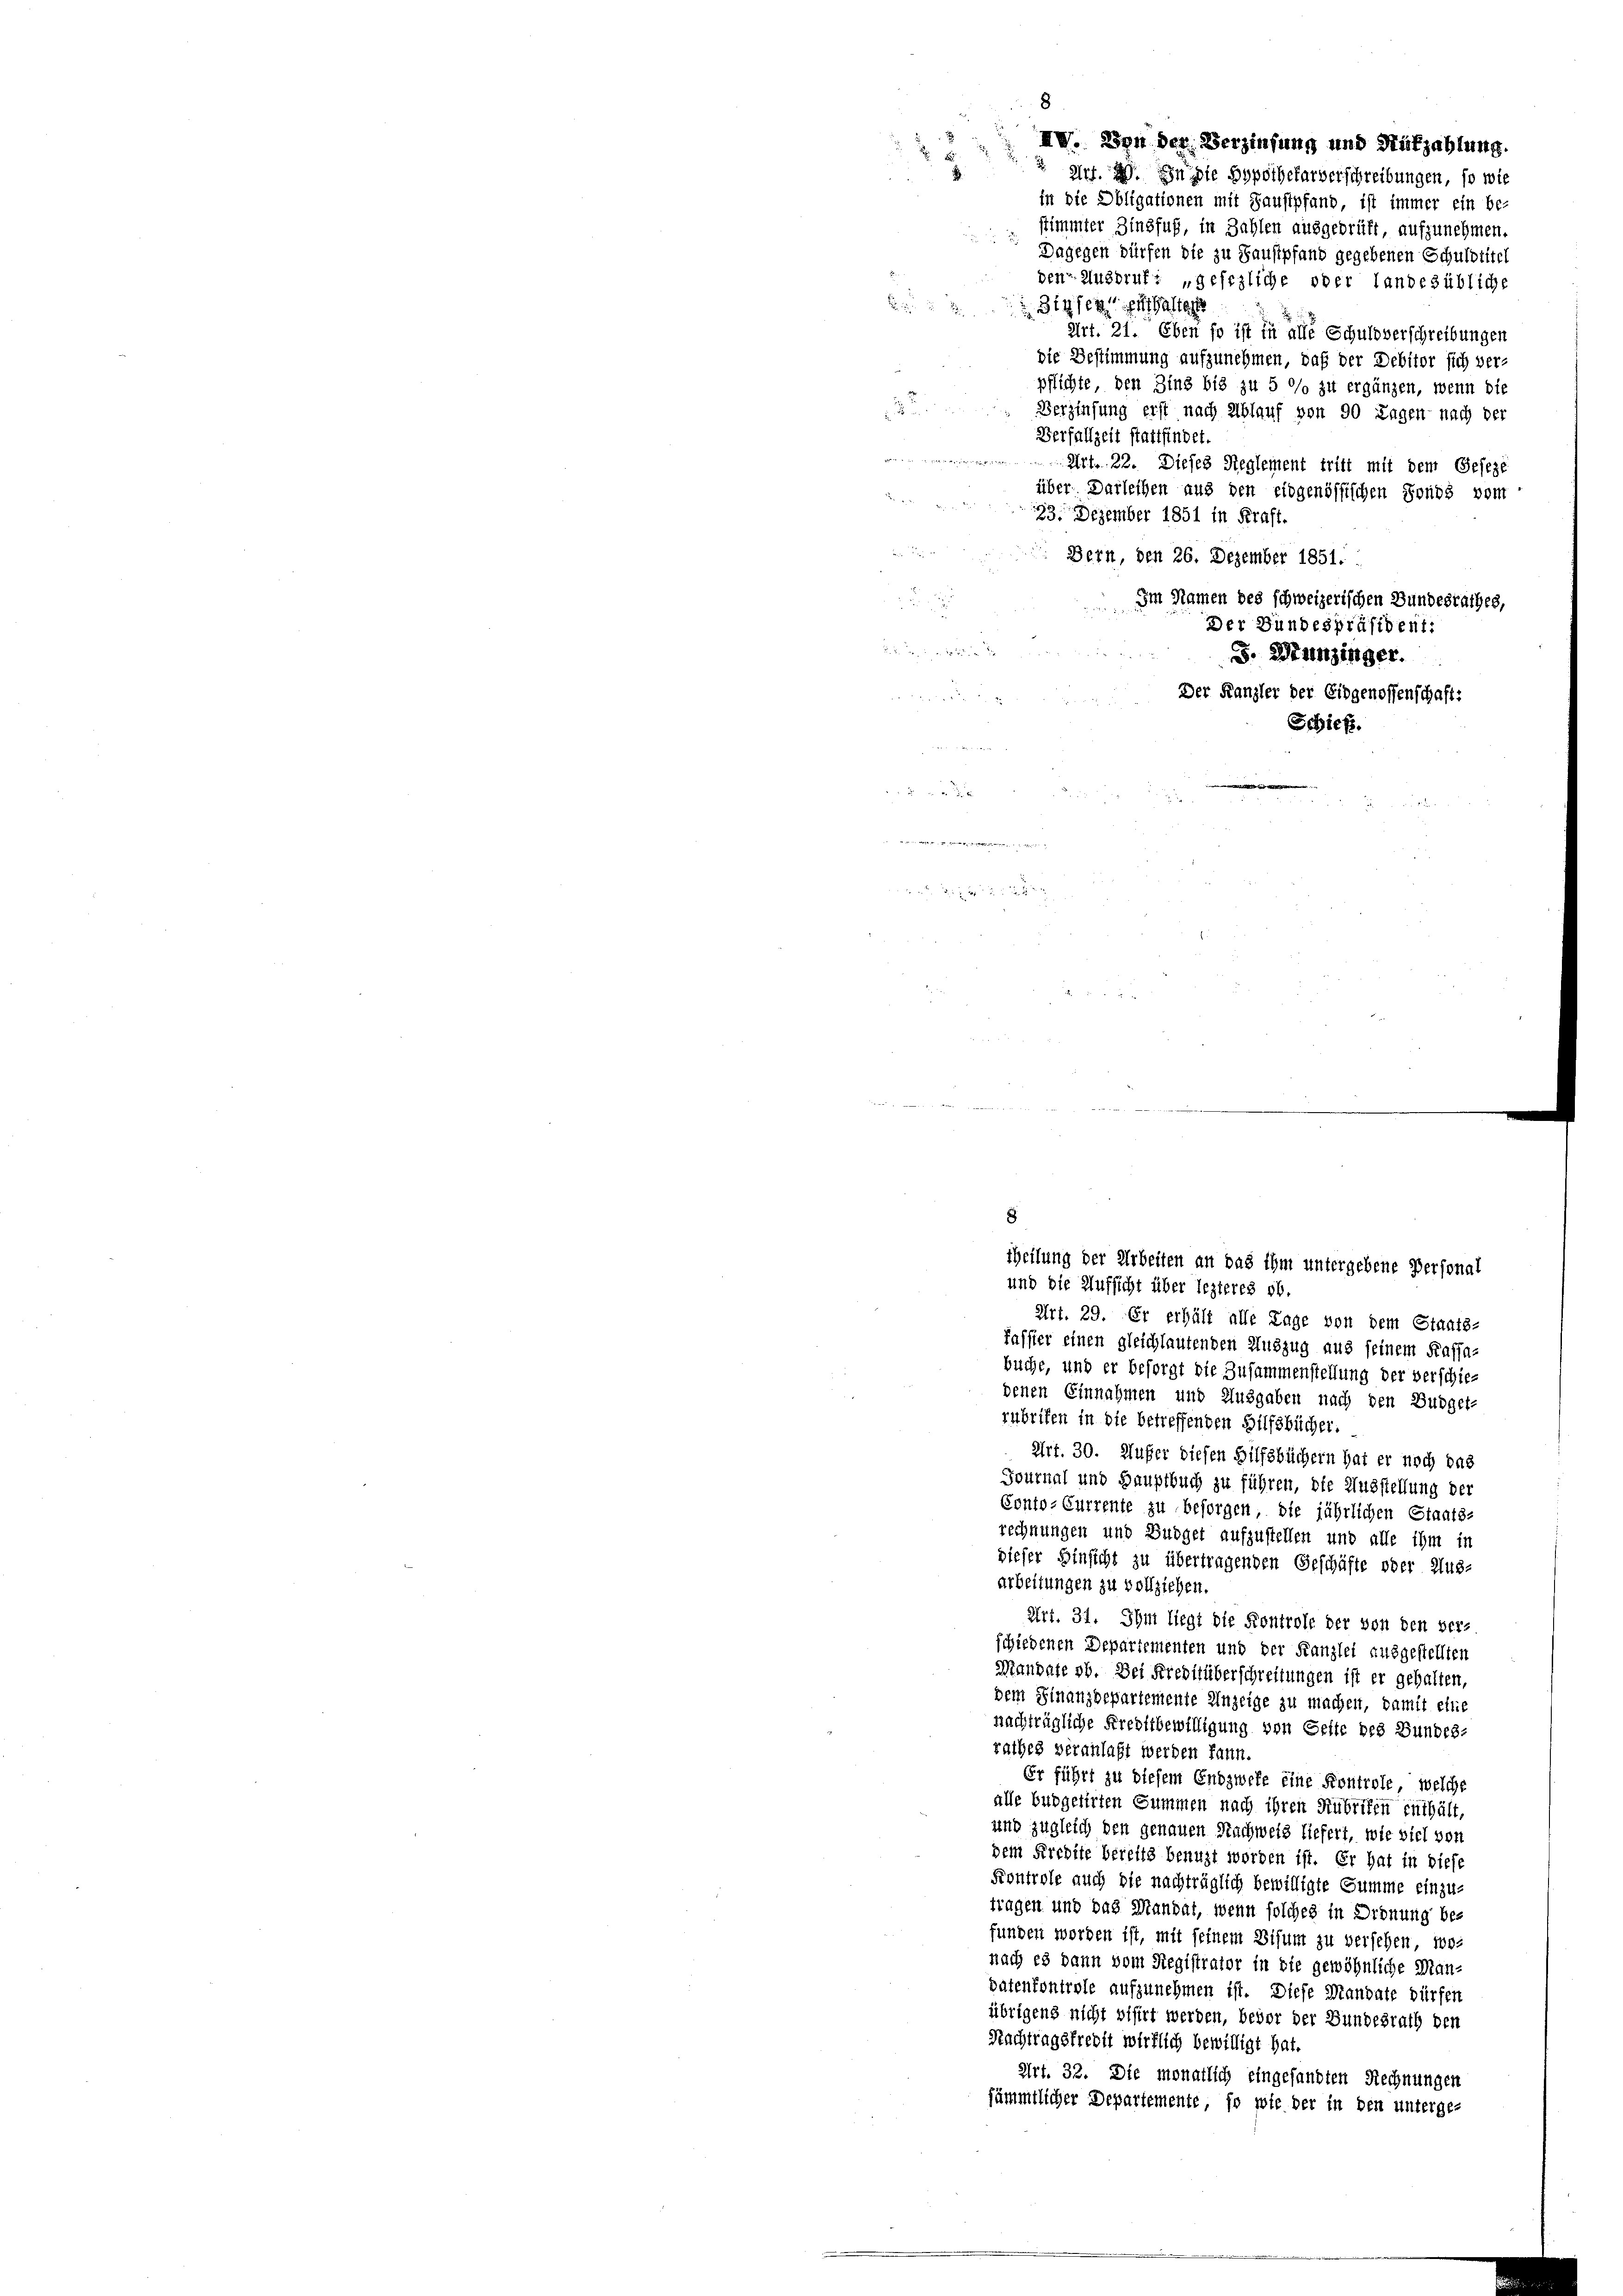
2

3

in die Obligationen mit Faustpfand ist immer ein be-
stimmter Zinsfuß, in Zahlen ausgeprüft, aufzunehmen.
Dagegen dürfen die zu Faustpfand gegebenen Schuldtitel
den-Angeruft „gesezliche oder landesübliche
 Zipfer halte
Art. 21. Eben so ist in alle Schuldverschreibungen
die Bestimmung aufzunehmen, daß der Debitor sich ver-
pflichte den Zins bis zu 5 °/o zu ergänzen, wenn die
Verzinsung erst nach Ablauf von 90 Tagen nach der
Verfallzeit stattfindet.
 Art. 22. Dieses Reglement trin mit dem Geseze
über Darleihen aus den eidgenössischen Sonds vom
23. Dezember 1851 in Kraft.
Bern, den 26. Dezember 1851.
Im Namen des schweizerischen Bundesrathes,
Der Bundespräsident:

XIV. Von der Verzinsung und Rükzahlung.

8

. Munzinger.
var
Peer 184
2
u

2

Art. 29. In die Hypothekarverschreibungen, so wie

Der Kanzler der Eidgenossenschaft:

Schief.

und die Aufsicht über lezteres ob.
Art. 29. Er erhält alle Lage von dem Staats-
Passier einen gleichlautenden Auszug aus seinem Kaffa-
buche, und er besorgt die Zusammenstellung der verschiedenen Einnahmen und Ausgaben nach den Budget-
zubrifen in die betreffenden Hilfsbücher.
Art. 30. Außer diesen Hilfsbüchern hat er noch das
Fournal und Hauptbuch zu führen, die Ausstellung der
Conto- Currente zu besorgen, die jährlichen Staats-
rechnungen und Budget aufzustellen und alle ihm in
dieser Hinsicht zu übertragenden Geschäfte oder Aus-
arbeitungen zu vollziehen.
Art. 31. Ihm liegt die Kontrole der von den ver-
schiedenen Departementen und der Kanzlei ausgestellten
Mandate ab. Dei Kreditüberschreitungen ist er gehalten,
dem Finanzdepartemente Anzeige zu machen, damit eine
nachträgliche Freitsbewilligung von Seite des Bundes-
rathes veranlaßt werden kann.
Er führt zu diesem Endzweke eine Kontrole, welche
alle burgetirten Summen nach ihren Rubriken enthält,
und zugleich den genauen Nachweis liefert, wie viel von
dem Kredite bereits benuzt worden ist. Er hat in diese
Kontrole auch die nachträglich bewilligte Summe einzu-
tragen und das Mandat, wenn solches in Ordnung be-
funden worden ist, mit seinem Disum zu versehen, wonach es dann vom Registrator in die gewöhnliche Man-
patenkontrole aufzunehmen ist. Diese Mandate dürfen
übrigens nicht visirt werden, bevor der Bundesrath den
Nachtragsfredit wirklich bewilligt hat.
Art. 33. Die monatlich eingesandten Rechnungen
sämmtlicher Departemente, so wie der in den unterge-

8
theilung der Arbeiten an das ihm untergebene Personal